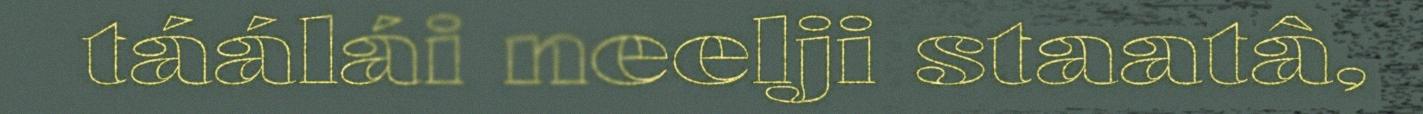
táálái neelji staatâ,